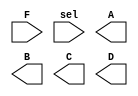
module demux (F,sel,A,B,C,D);

input       F;
input [1:0] sel;
output      A,B,C,D;

`ifdef DATAFLOW_LEVEL1

assign A    = F & (~sel[1] & ~sel[0]);
assign B    = F & (~sel[1] &  sel[0]);
assign C    = F & ( sel[1] & ~sel[0]);
assign D    = F & ( sel[1] &  sel[0]);

`elsif DATAFLOW_LEVEL2 


`endif

endmodule